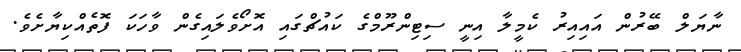
ނާޔަލް ބޭރުން އައިއިރު ކެމީލާ އިނީ ސިޓިންރޫމްގެ ކައުޗްގައި އޮށޯވެލައިގެން ވާހަކަ ފޮތެއްކިޔާށެވެ.